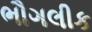
ભૌગલીક